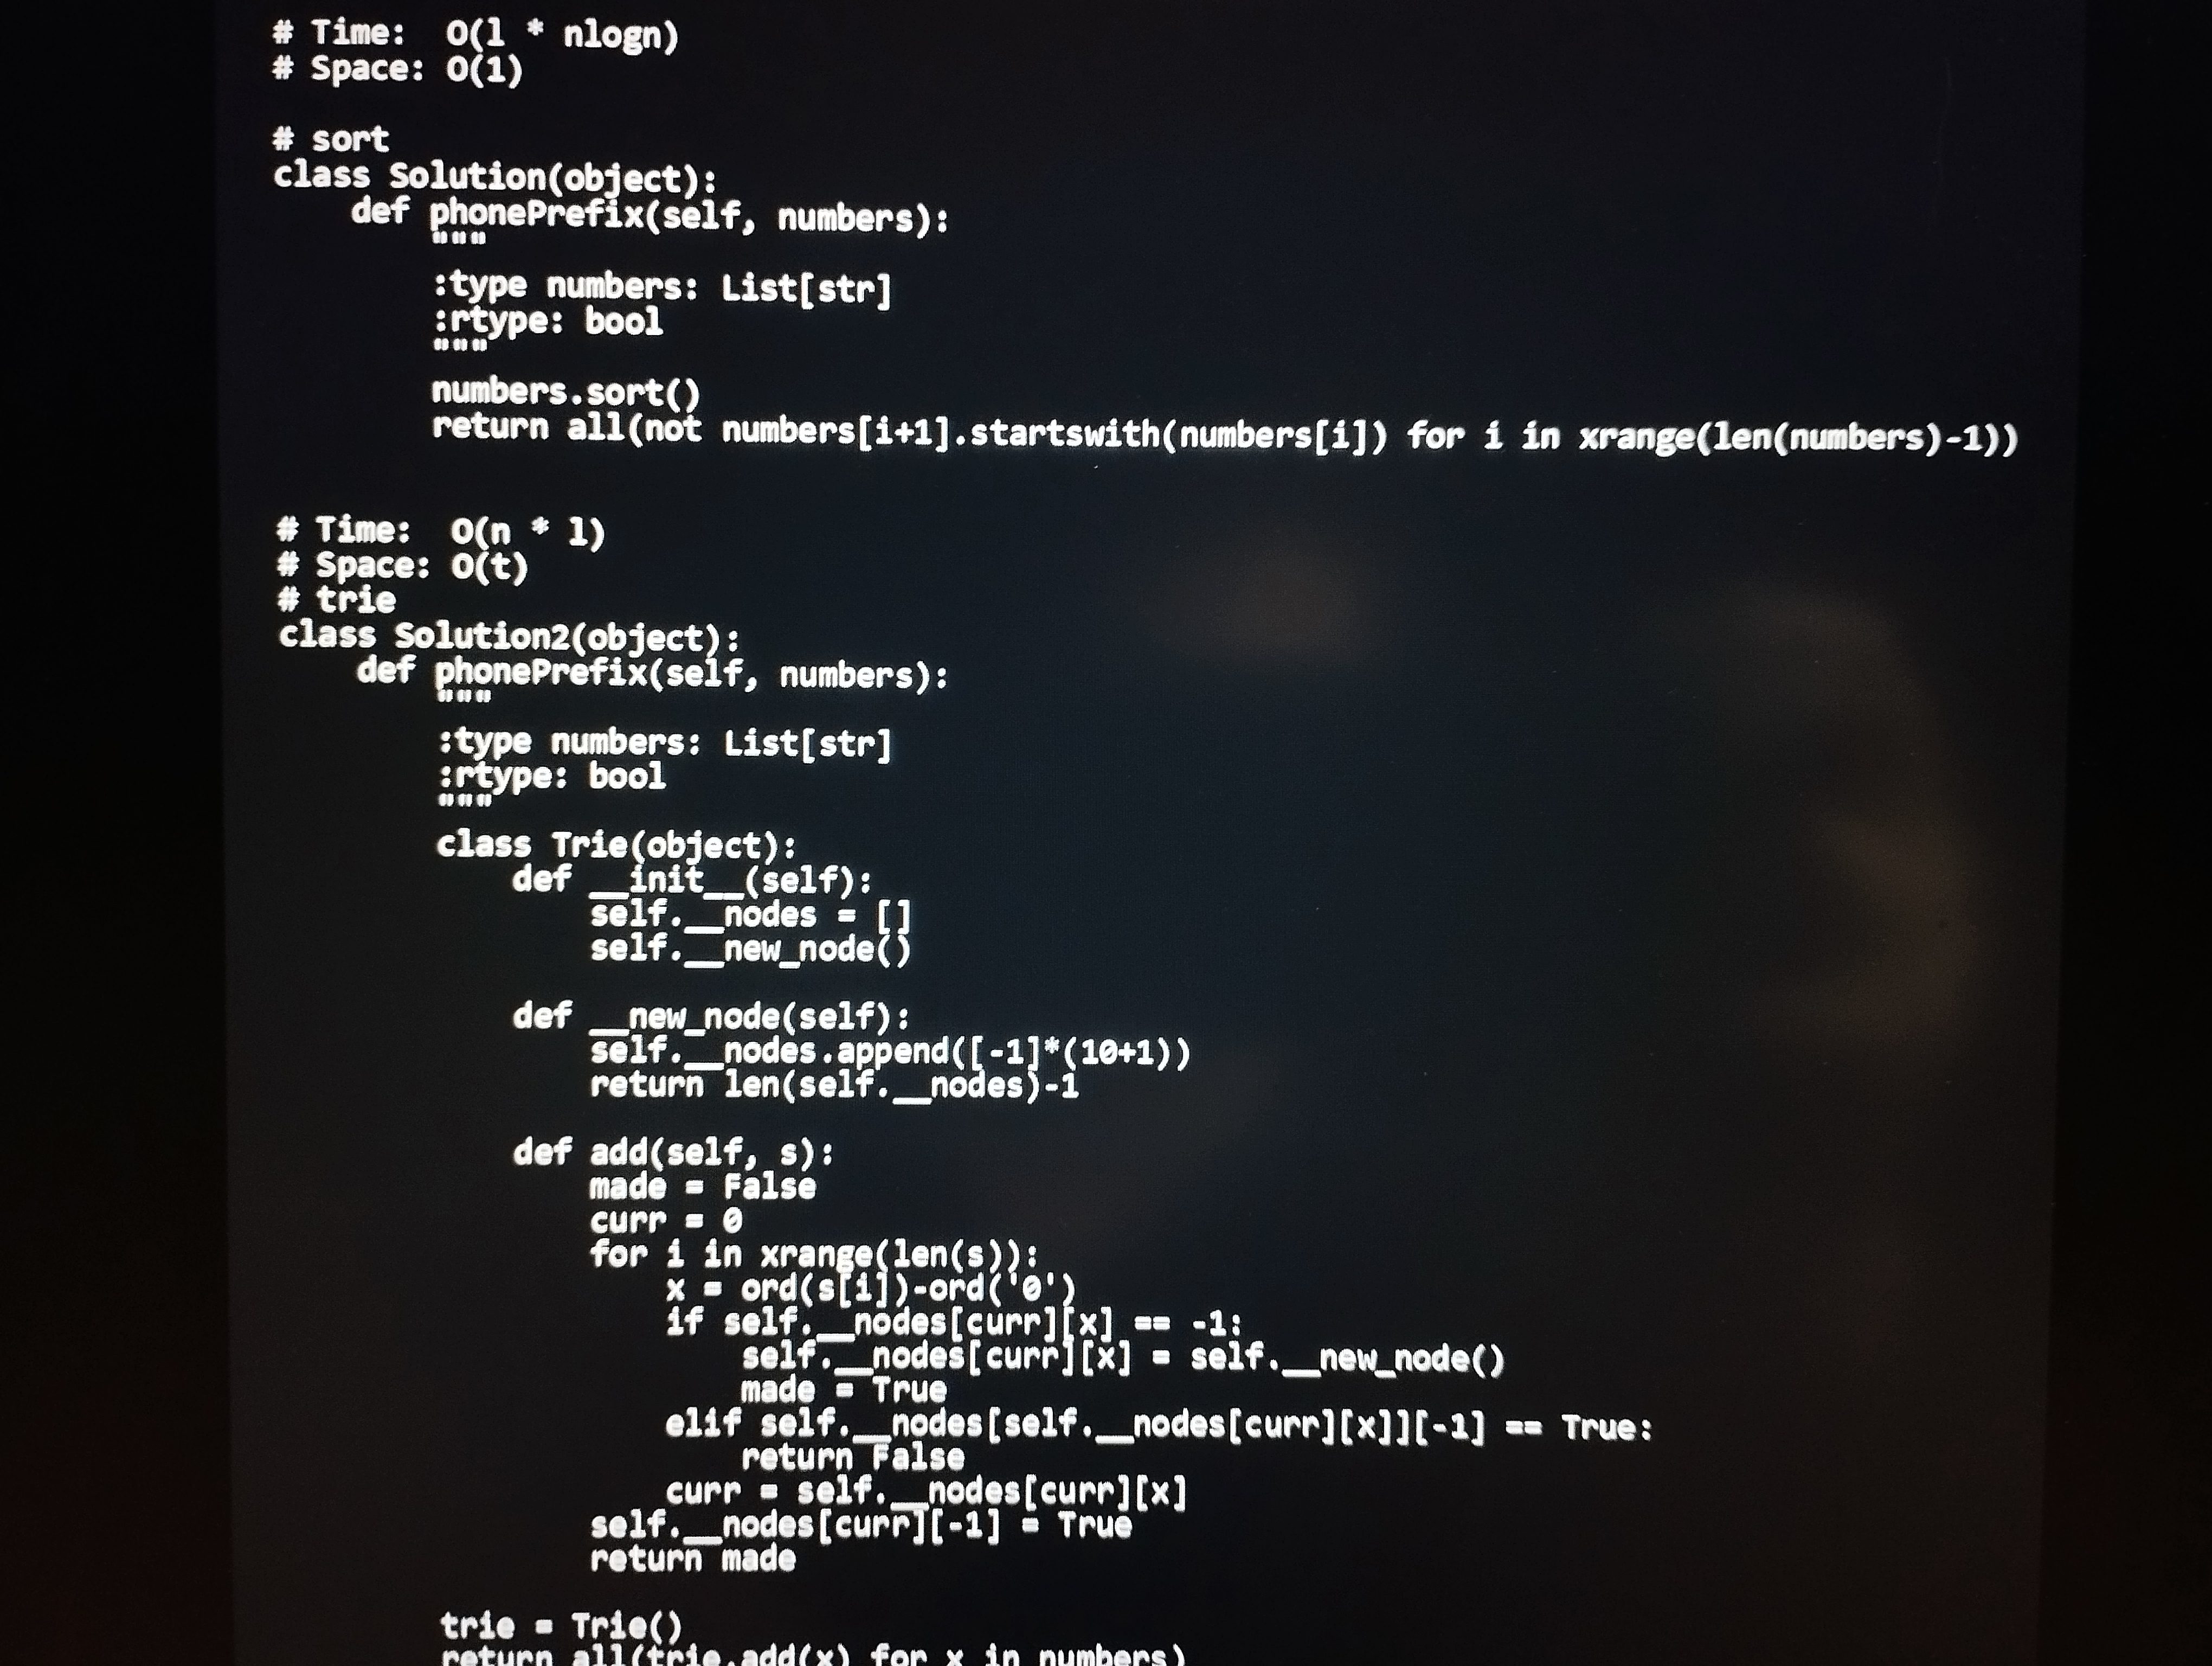
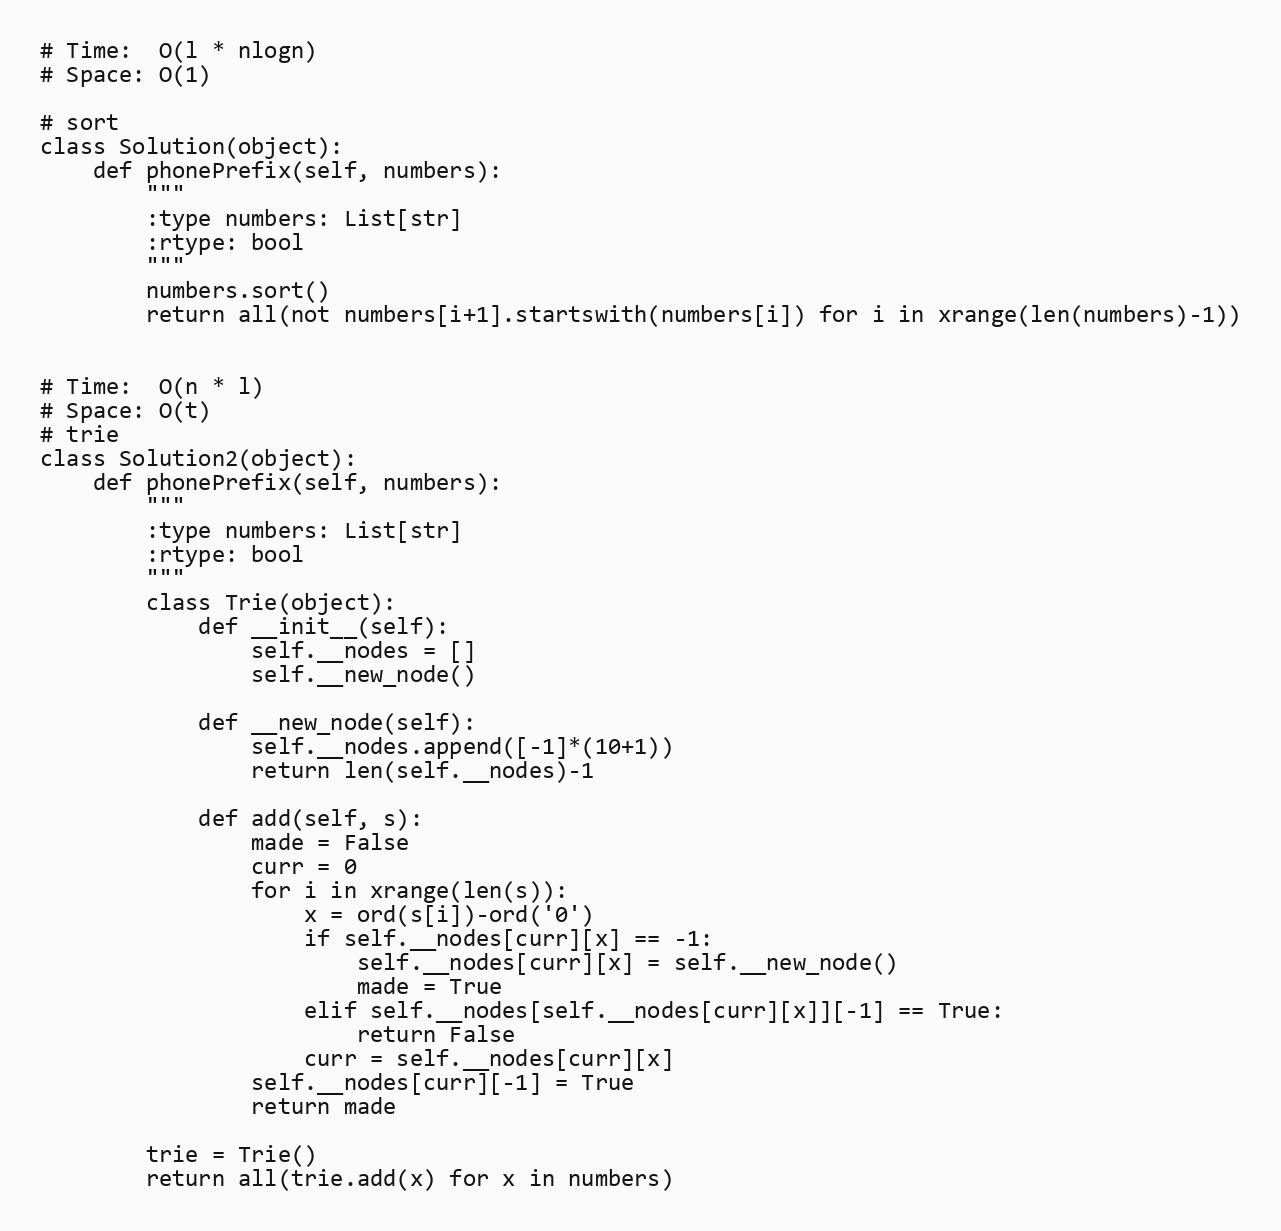
# Time:  O(l * nlogn)
# Space: O(1)

# sort
class Solution(object):
    def phonePrefix(self, numbers):
        """
        :type numbers: List[str]
        :rtype: bool
        """
        numbers.sort()
        return all(not numbers[i+1].startswith(numbers[i]) for i in xrange(len(numbers)-1))

# Time:  O(n * l)
# Space: O(t)
# trie
class Solution2(object):
    def phonePrefix(self, numbers):
        """
        :type numbers: List[str]
        :rtype: bool
        """
        class Trie(object):
            def __init__(self):
                self.__nodes = []
                self.__new_node()

            def __new_node(self):
                self.__nodes.append([-1]*(10+1))
                return len(self.__nodes)-1

            def add(self, s):
                made = False
                curr = 0
                for i in xrange(len(s)):
                    x = ord(s[i])-ord('0')
                    if self.__nodes[curr][x] == -1:
                        self.__nodes[curr][x] = self.__new_node()
                        made = True
                    elif self.__nodes[self.__nodes[curr][x]][-1] == True:
                        return False
                    curr = self.__nodes[curr][x]
                self.__nodes[curr][-1] = True
                return made

        trie = Trie()
        return all(trie.add(x) for x in numbers)